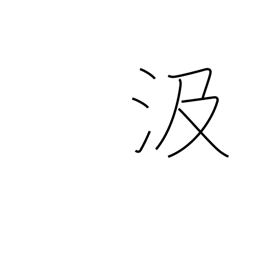
Meaning: pump